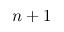
n + 1